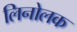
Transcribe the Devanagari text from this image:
लिनोलक